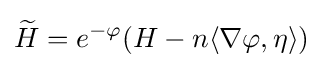
{\widetilde {H}}=e^{-\varphi }(H-n\langle \nabla \varphi ,\eta \rangle )